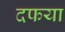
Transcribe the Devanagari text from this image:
दफया